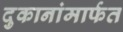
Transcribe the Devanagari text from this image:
दुकानांमार्फत